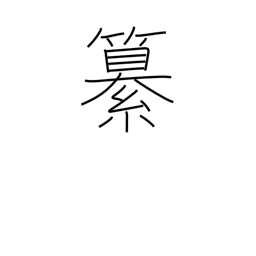
Meaning: editing